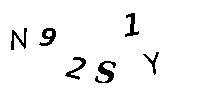
N92S1Y